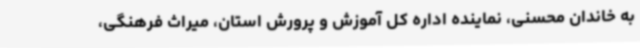
به خاندان محسنی، نماینده اداره کل آموزش و پرورش استان، میراث فرهنگی،